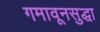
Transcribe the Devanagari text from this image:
गमावूनसुद्धा